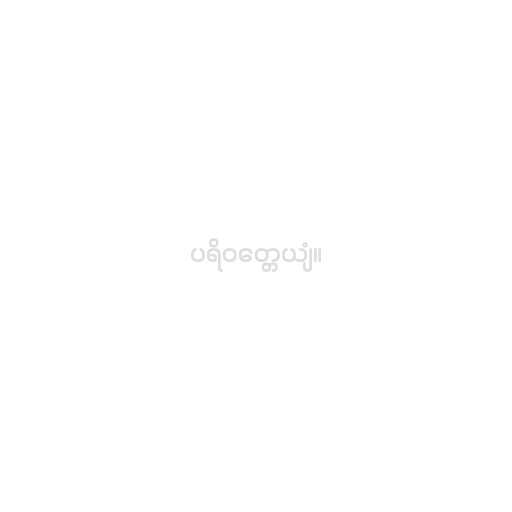
ပရိဝတ္တေယျံ။